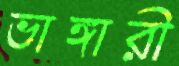
ভাঙ্গারী